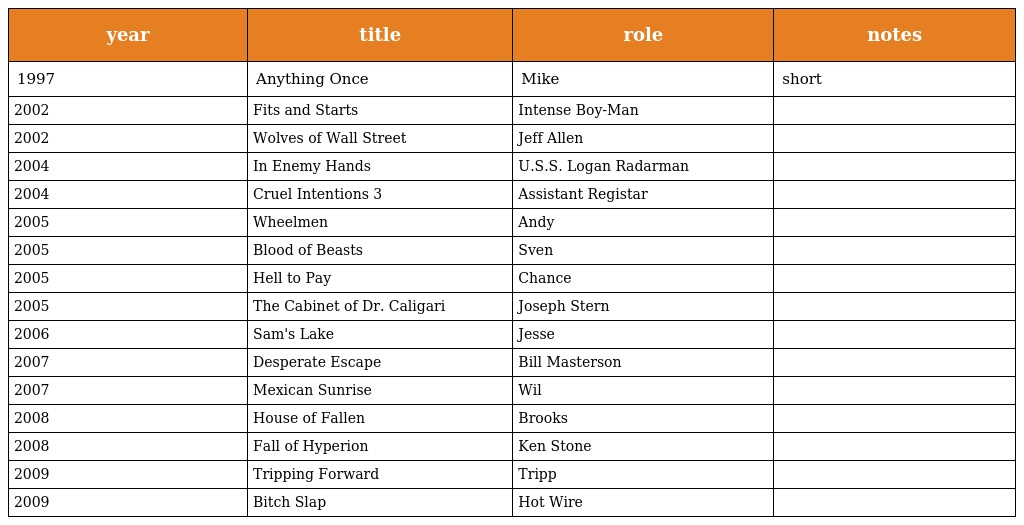
| year | title | role | notes |
 | --- | --- | --- | --- |
 | 1997 | Anything Once | Mike | short |
 | 2002 | Fits and Starts | Intense Boy-Man |  |
 | 2002 | Wolves of Wall Street | Jeff Allen |  |
 | 2004 | In Enemy Hands | U.S.S. Logan Radarman |  |
 | 2004 | Cruel Intentions 3 | Assistant Registar |  |
 | 2005 | Wheelmen | Andy |  |
 | 2005 | Blood of Beasts | Sven |  |
 | 2005 | Hell to Pay | Chance |  |
 | 2005 | The Cabinet of Dr. Caligari | Joseph Stern |  |
 | 2006 | Sam's Lake | Jesse |  |
 | 2007 | Desperate Escape | Bill Masterson |  |
 | 2007 | Mexican Sunrise | Wil |  |
 | 2008 | House of Fallen | Brooks |  |
 | 2008 | Fall of Hyperion | Ken Stone |  |
 | 2009 | Tripping Forward | Tripp |  |
 | 2009 | Bitch Slap | Hot Wire |  |